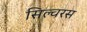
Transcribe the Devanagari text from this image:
सिल्वरस